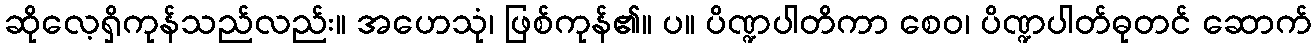
ဆိုလေ့ရှိကုန်သည်လည်း။ အဟေသုံ၊ ဖြစ်ကုန်၏။ ပ။ ပိဏ္ဍပါတိကာ စေဝ၊ ပိဏ္ဍပါတ်ဓုတင် ဆောက်